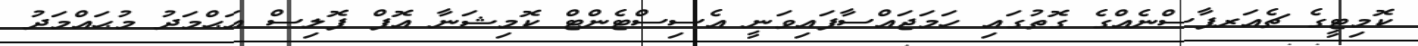
ކޮމިޓީގެ ޗެއަރޕާސްނެއްގެ ގޮތުގައި ހަމަޖައްސާފައިވަނީ އެސިސްޓެންޓް ކޮމިޝަނާ އޮފް ޕޮލިސް އަޙްމަދު މުޙައްމަދު